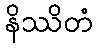
နိဿိတံ